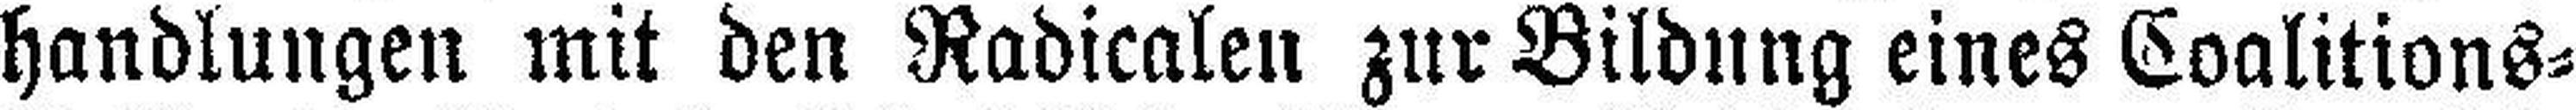
handlungen mit den Radicalen zur Bildung eines Coalitions=